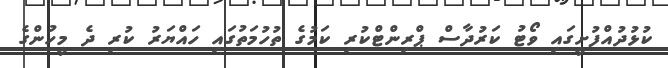
ކުޅުދުއްފުށީގައި ވޯޓު ކަރުދާސް ޕްރިންޓްކުރި ކަމުގެ ތުހުމަތުގައި ހައްޔަރު ކުރި ދެ މީހުންގެ